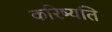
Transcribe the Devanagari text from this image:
करिष्यति